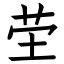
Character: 茔